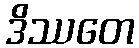
ဒိဿတေ